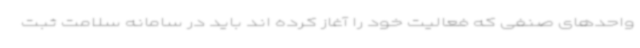
واحدهای صنفی که فعالیت خود را آغاز کرده اند باید در سامانه سلامت ثبت